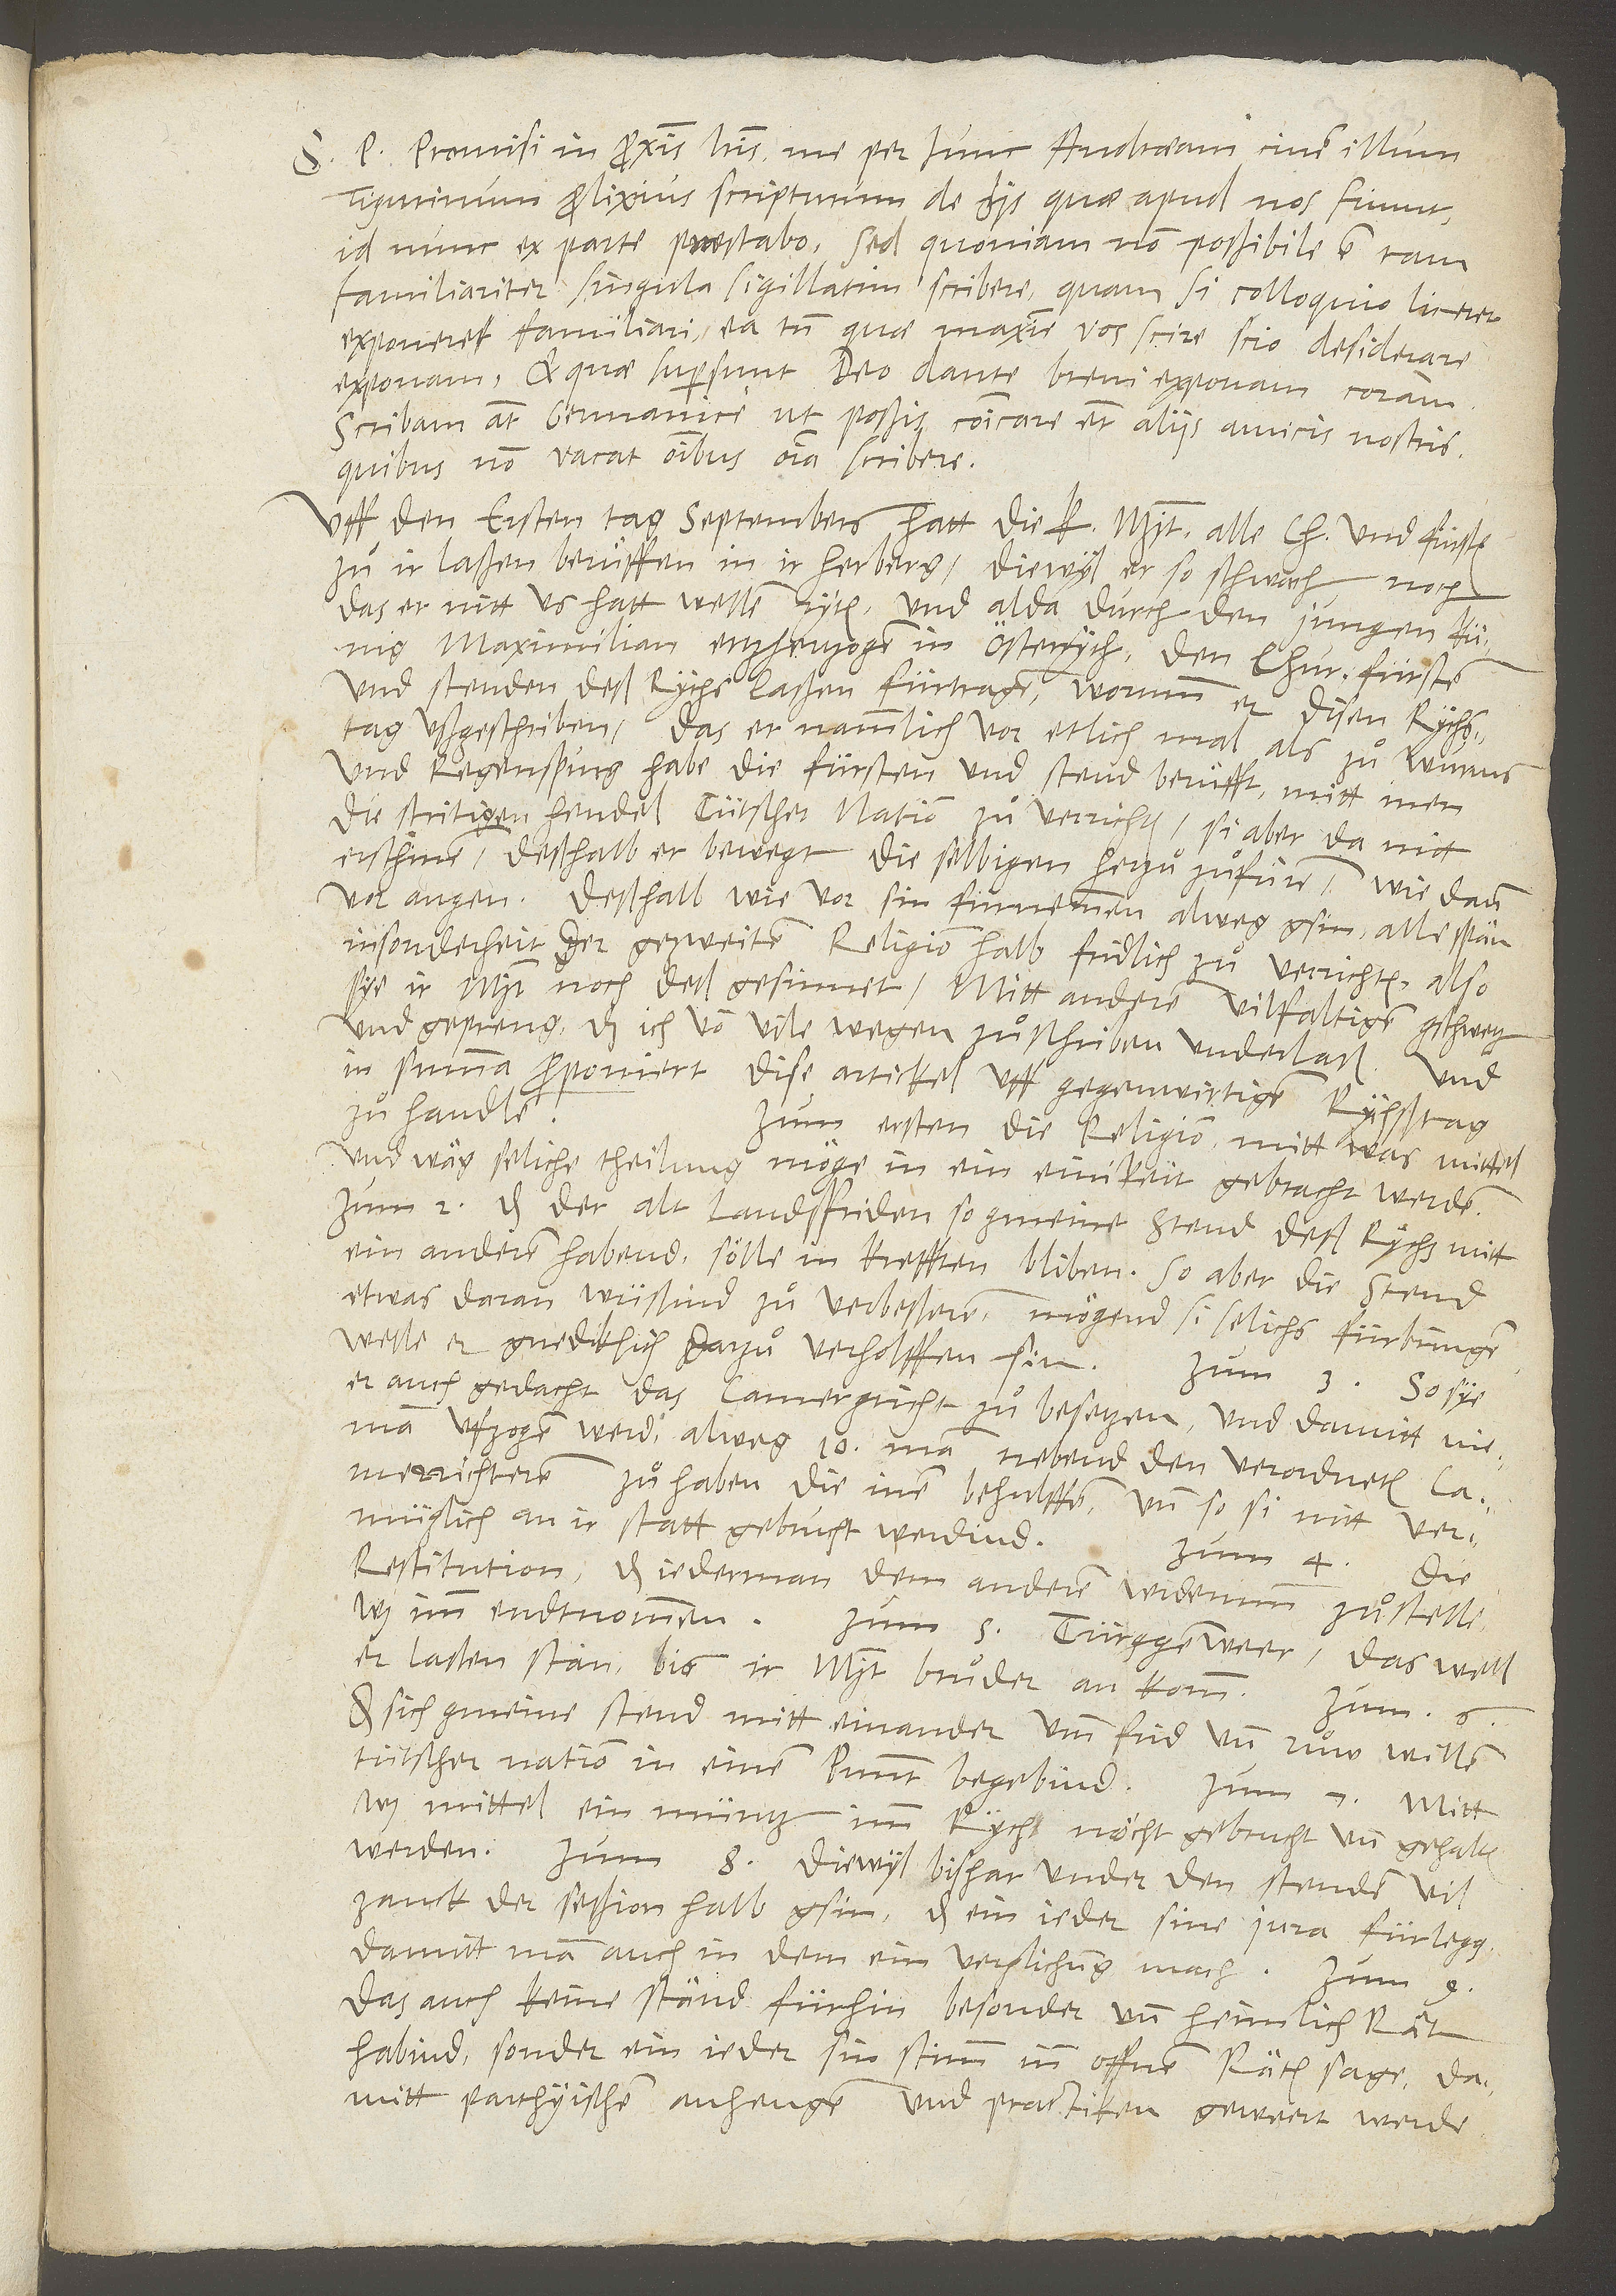
S. P. Promisi in proximis literis me per hunc Andraeum, civem illum
Tigurinum, prolixius scripturum de his, quae apud nos fiunt.
Id nunc ex parte praestabo. Sed quoniam non possibile est tam
familiariter singula sigillatim scribere, quam si colloquio liceret
exponere familiari, ea tamen, quae, maxime vos scire scio desiderare,
exponam. Et quae supersunt, deo dante brevi exponam coram.
Scribam autem Germanice, ut possis communicare etiam aliis amicis nostris,
quibus non vacat omnibus omnia scribere.
Uff den ersten tag septembers hatt die K alle churfürsten
zu ir laßen beruͤffen in ir herberg, diewyl er so schwach noch,
das er nitt us hatt wellen ryten, und alda durch den jungen künig
Maximilian, ertzhertzogen in Österrych, den churfürsten
und stenden deß rychs laßen fürtragen, worumb er disen rychstag
ußgeschriben, das er nammlich vor, etlich mal, als zuͦ Wurms
und Regenspurg, habe die fürsten und stend beruͤfft, mitt inen
die stritigen hendel tütscher nation zuͦ verrichten, si aber da nitt
erschinen, deßhalb er bewegt, die selbigen herzuͦzuͤfüren, wie dann
vor augen. Deßhalb, wie vor sin fürnemmen alweg gsin, alle spän,
insonderheit der gezweiten religion halb, fridlich zuͦ verrichten, also
sye ir mjt. noch deß gesinnet, mitt anderem vilfaltigen gschwetz
und gepreng, das ich von vile wegen zuͦ schriben underlass. Und
in summa proponiert dise artickel, uff gegenwirtigen rychstag
Zum ersten, die religion, mitt was mittel
und wäg seliche theilung möge in ein einikeit gebracht werden.
Zum 2., das der alt landsfriden, so gemeine stend deß rychs mitt
ein anderen habend, sölle in krefften bliben. So aber die stend
etwas daran wüssind zuͦ verbesseren, mögend si selichs fürbringen.
Welle er gnediklich darzuͦverholffen sin. Zum 3.,
er auch gedacht, das camergricht zuͦ besetzen und, damitt nieman
ufzogen werd, alweg 10 man nebend den verordneten
camerrichteren zuͦ haben, die inen behulffen, und, so si nitt vermüglich,
an ir statt gebrucht werdind.
restitution, das iederman dem anderen widerumb zuͦstelle,
was imm endtnommen.
Zum 5., Türggenwere: Das well
er lassen stan, bis ir mjt. bruͦder ankomm.
Zum 6.,
das sich gmeine stend mitt einander umb frid und ruͦw willen
tütscher nation in einen punnt begebind. Zum 7., mitt
was mittel ein müntz imm rych möcht gebrucht und gehalten
werden. Zum 8., diewyl bishar under den stenden vil
zanck der session halb gsin, das ein ieder sine jura fürlegg,
damitt man auch in dem ein verglichung mach.
das auch keine ständ fürhin besonder und heimlich rät
habind, sonder ein ieder sin stimm inn offnen räten sage, damitt
parthyischen anfengen und practiken geweret werde.